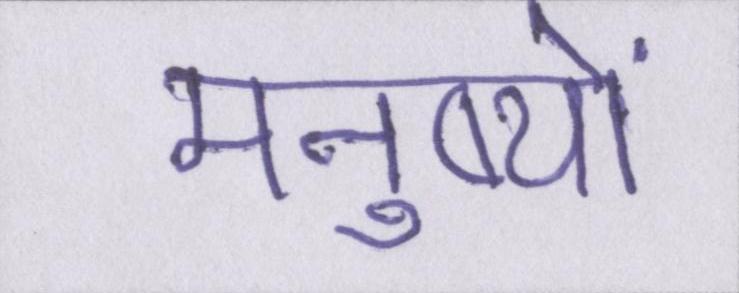
मनुष्यों